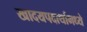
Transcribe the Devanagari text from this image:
खादयपदार्थामध्ये